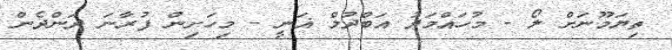
ތިޔަމޫނަށް ލޯ - މުހައްމަދު އަބްދުލް ޣަނީ - މިހަށިން ފުރާނަ ދަންދެން